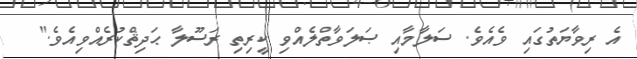
އެ ރިވާޔަތުގައި ވެއެވެ. ސަލާމާއި ޞަލަވާތްލެއްވި ކީރިތި ރަސޫލާ ޙަދިޘްކުރެއްވިއެވެ."